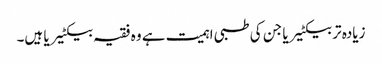
زیادہ تر بیکٹیریا جن کی طبی اہمیت ہے وہ فقیہ بیکٹیریا ہیں۔